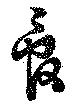
管